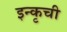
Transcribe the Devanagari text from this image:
इन्कृची